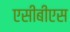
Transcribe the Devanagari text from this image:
एसीबीएस